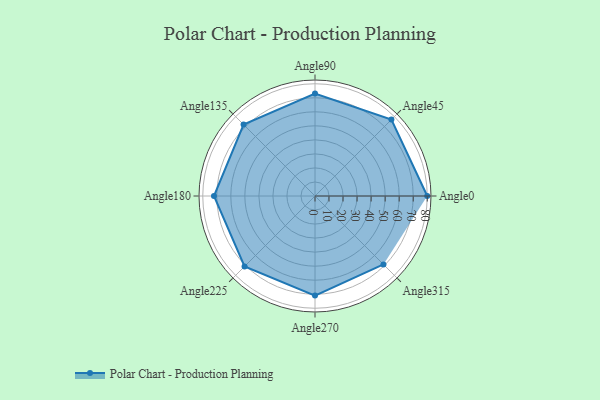
{"axis": {"x": "Angle", "y": "Radius"}, "legend": [""], "data": [{"x": "Angle0", "y": 80.0, "type": ""}, {"x": "Angle45", "y": 77.0, "type": ""}, {"x": "Angle90", "y": 73.0, "type": ""}, {"x": "Angle135", "y": 72.0, "type": ""}, {"x": "Angle180", "y": 72.0, "type": ""}, {"x": "Angle225", "y": 71.0, "type": ""}, {"x": "Angle270", "y": 71.0, "type": ""}, {"x": "Angle315", "y": 69.0, "type": ""}]}